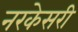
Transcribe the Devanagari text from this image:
नरकेसरी